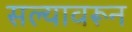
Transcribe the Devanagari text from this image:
सल्यावरून